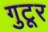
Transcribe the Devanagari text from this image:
गुटूर